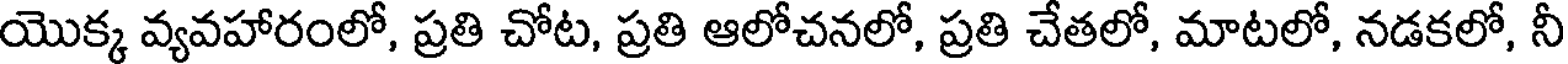
యొక్క వ్యవహారంలో, ప్రతి చోట, ప్రతి ఆలోచనలో, ప్రతి చేతలో, మాటలో, నడకలో, నీ